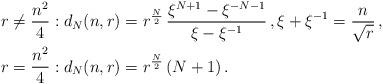
LaTeX: \begin{align*} {}& r \neq \frac{n^2}{4}: d_{N} (n, r) = r^{\frac{N}{2}} \, \frac{ \xi^{N+1} - \xi^{-N-1}}{\xi-\xi^{-1}} \,, \xi+\xi^{-1} = \frac{n}{\sqrt{r}} \,,\\ {}& r = \frac{n^2}{4}: d_{N} (n, r) = r^{\frac{N}{2}} \, (N+1) \,.\end{align*}